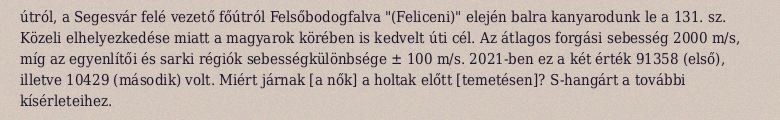
útról, a Segesvár felé vezető főútról Felsőbodogfalva "(Feliceni)" elején balra kanyarodunk le a 131. sz. Közeli elhelyezkedése miatt a magyarok körében is kedvelt úti cél. Az átlagos forgási sebesség 2000 m/s, míg az egyenlítői és sarki régiók sebességkülönbsége ± 100 m/s. 2021-ben ez a két érték 91358 (első), illetve 10429 (második) volt. Miért járnak [a nők] a holtak előtt [temetésen]? S-hangárt a további kísérleteihez.